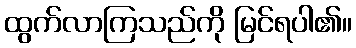
ထွက်လာကြသည်ကို မြင်ရပါ၏။